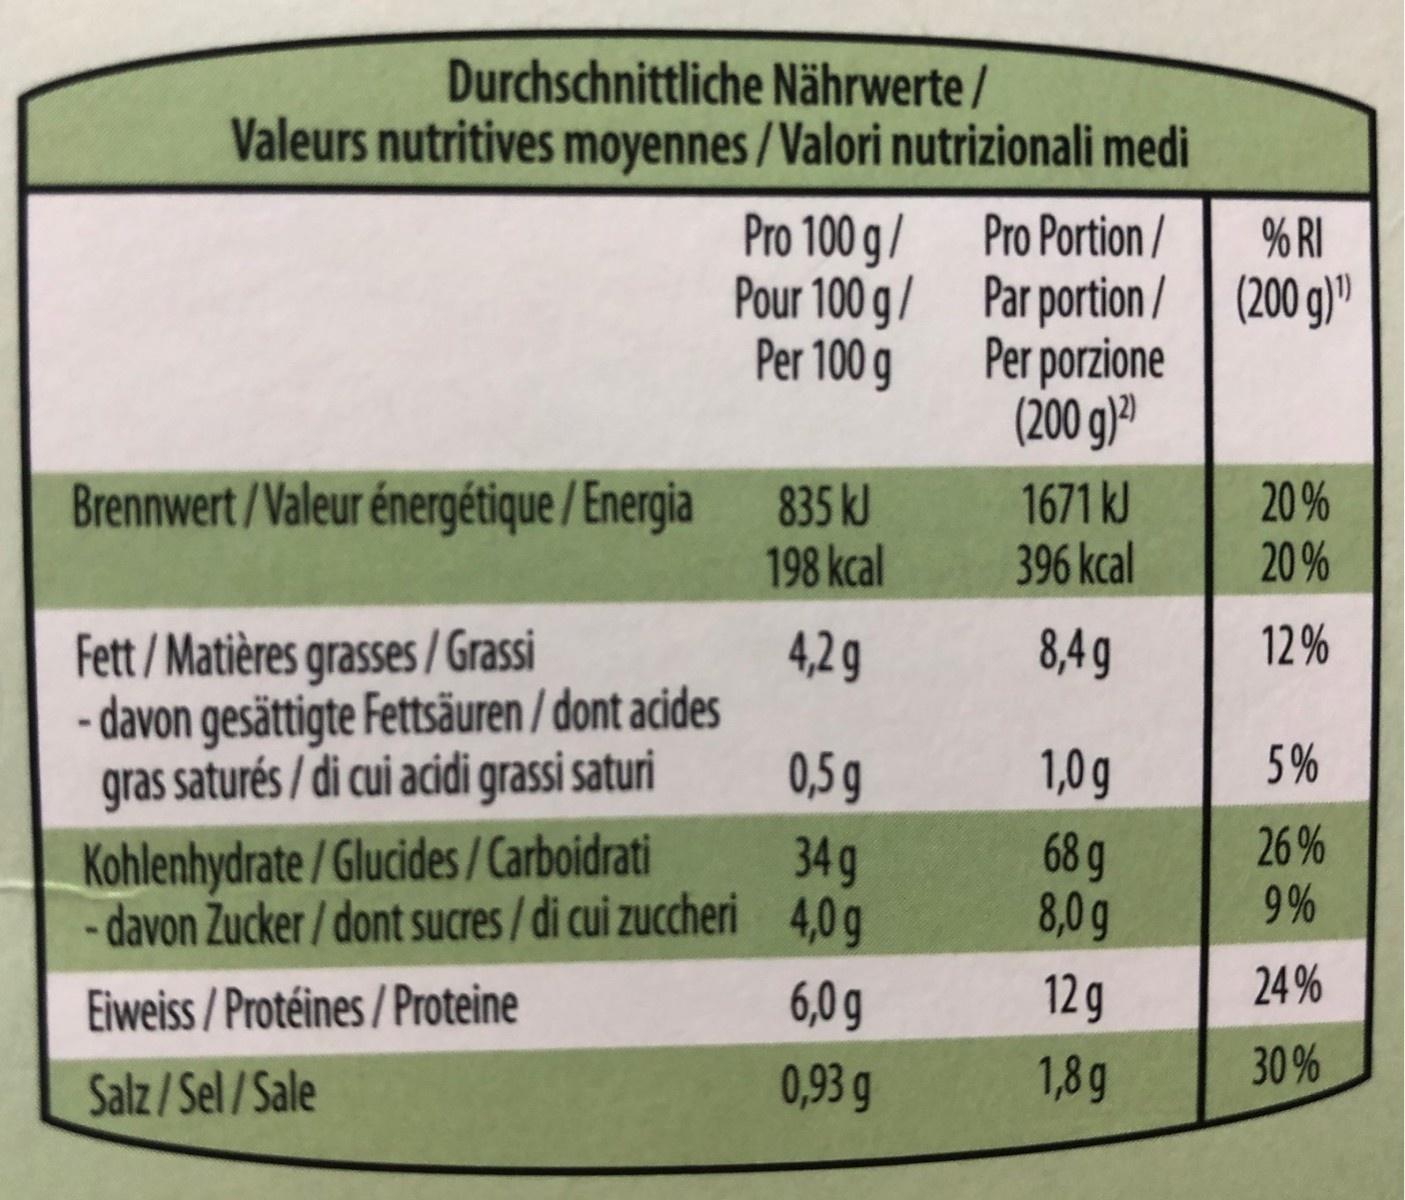
Durchschnittliche Nährwerte / Valeurs nutritives moyennes /Valori nutrizionali medi Pro 100 g / Pour 100 g/ Per 100 g Pro Portion/ Par portion / Per porzione (200 g)" % RI (200 g)" 1671 kJ 396 kcal Brennwert /Valeur énergétique / Energia 20% 20% 835 kJ 198 kcal 12 % 8,4g 4,2g - davon gesättigte Fettsäuren / dont acides 0,5 g Fett /Matières grasses / Grassi 5% 1,0g gras saturés / di cui acidi grassi saturi 26 % 9 % 68 g 8,0g 34g - davon Zucker/ dont sucres/ di cui zuccheri 4,0g Kohlenhydrate /Glucides/Carboidrati 24 % 12g 6,0 g Eiweiss / Protéines / Proteine 30% 1,8g 0,93 g Salz/Sel/Sale